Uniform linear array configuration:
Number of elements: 64
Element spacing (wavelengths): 0.75
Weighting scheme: binomial
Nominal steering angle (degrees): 0
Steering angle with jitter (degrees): -0.8999
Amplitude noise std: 0.05
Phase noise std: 0.05

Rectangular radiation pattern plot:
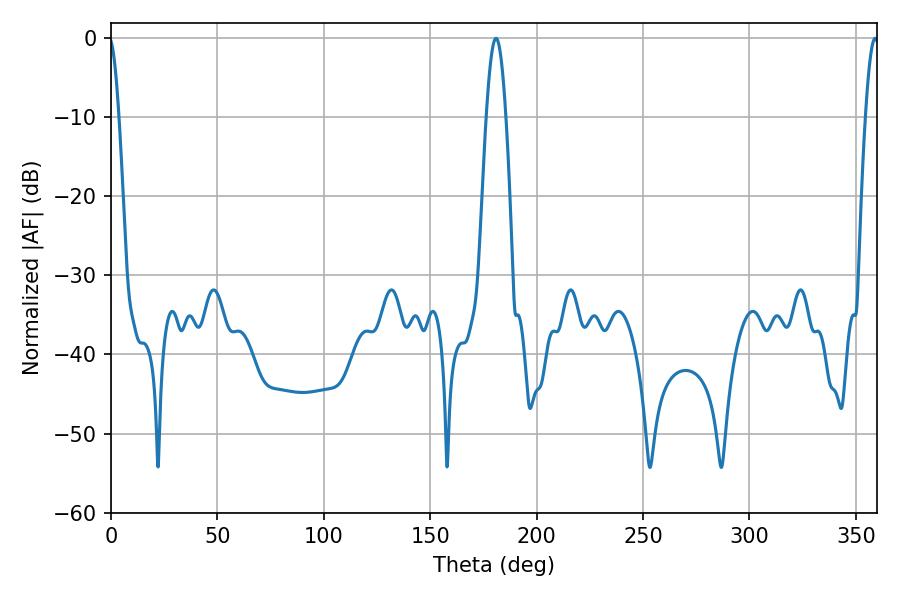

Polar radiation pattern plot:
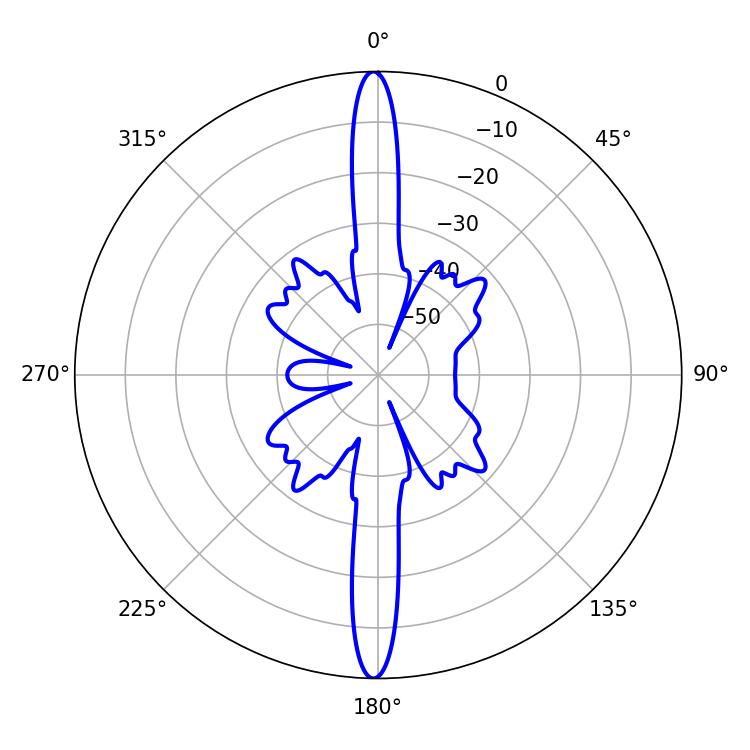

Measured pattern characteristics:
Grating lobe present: TRUE
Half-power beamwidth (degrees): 5.04
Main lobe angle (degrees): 180.9